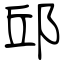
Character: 邱